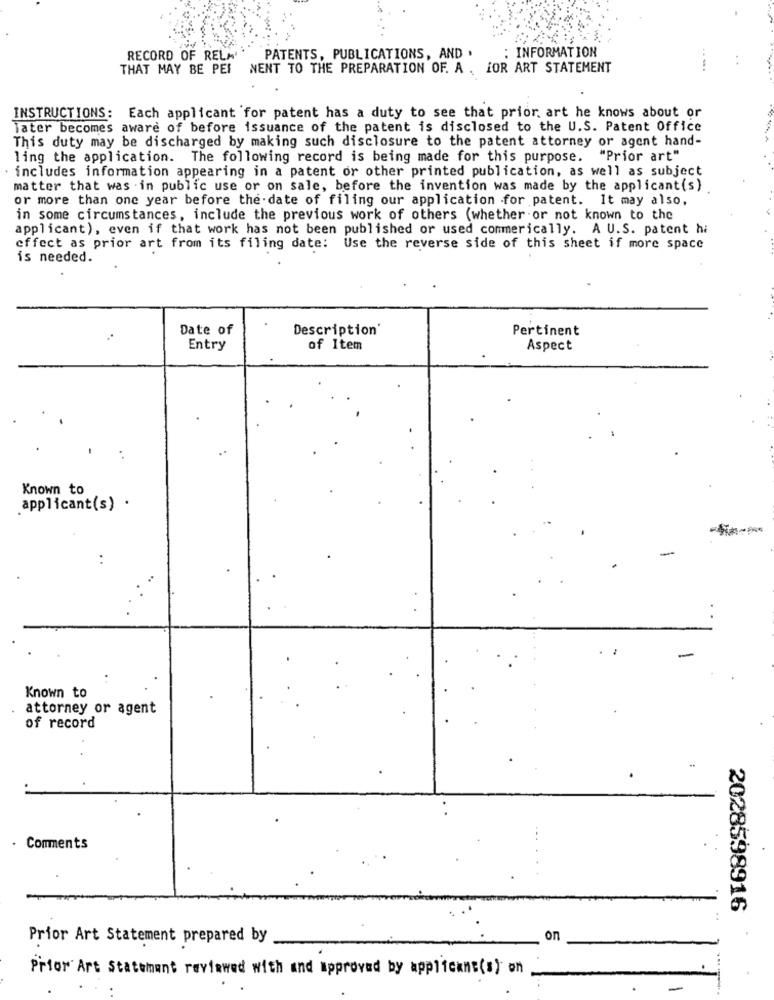
: INFORMATION
RECORD OF RELA'
PATENTS, PUBLICATIONS, AND .
THAT MAY BE PEI
NENT TO THE PREPARATION OF. A . FOR ART STATEMENT
INSTRUCTIONS: Each applicant for patent has a duty to see that prior. art he knows about or
Tater becomes aware of before issuance of the patent is disclosed to the U.S. Patent Office
This duty may be discharged by making such disclosure to the patent attorney or agent hand-
ling the application. The following record is being made for this purpose. "Prior art"
includes information appearing in a patent or other printed publication, as well as subject
matter that was in public use or on sale, before the invention was made by the applicant(s)
or more than one year before the date of filing our application for patent. It may also,
in some circumstances, include the previous work of others (whether or not known to the
applicant), even if that work has not been published or used commerically. A U.S. patent hi
effect as prior art from its filing date: Use the reverse side of this sheet if more space
is needed.
Date of
Description'
Pertinent
..
Entry
of Item
Aspect
Known to
applicant(s) .
-
Known to
attorney or agent
of record
Comments
2028598916
Prior Art Statement prepared by
on
Prior Art Statement reviewed with and approved by applicant(s) on
-